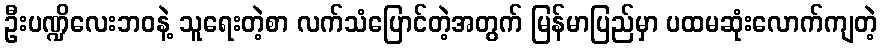
ဦးပဏ္ဍိလေးဘဝနဲ့ သူရေးတဲ့စာ လက်သံပြောင်တဲ့အတွက် မြန်မာပြည်မှာ ပထမဆုံးလောက်ကျတဲ့